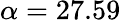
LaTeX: \alpha=27.59